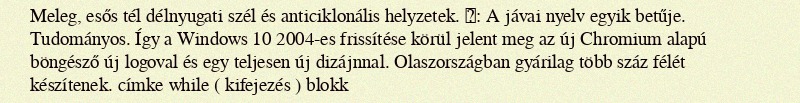
Meleg, esős tél délnyugati szél és anticiklonális helyzetek. ꧅: A jávai nyelv egyik betűje. Tudományos. Így a Windows 10 2004-es frissítése körül jelent meg az új Chromium alapú böngésző új logoval és egy teljesen új dizájnnal. Olaszországban gyárilag több száz félét készítenek. címke while ( kifejezés ) blokk